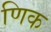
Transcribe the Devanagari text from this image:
णिक